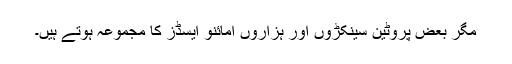
مگر بعض پروٹین سینکڑوں اور ہزاروں امائنو ایسڈز کا مجموعہ ہوتے ہیں۔